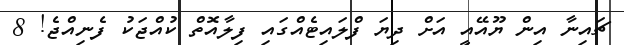
ޗައިނާ އިން ޔޫއޭއީ އަށް ދިޔަ ފްލައިޓެއްގައި ފިލާއޮތް ކުއްޖަކު ފެނިއްޖެ! 8